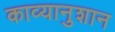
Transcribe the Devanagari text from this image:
काव्यानुशान